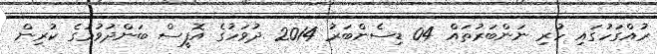
ރުއްގަހުގައި ހުރި ނަންބަރުތައް 04 ޑިސެންބަރު 2014 ދުވަހުގެ އޮފީސް ބަންދުވުމުގެ ކުރިން